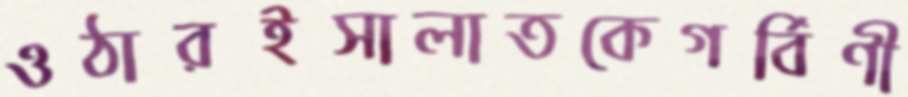
ওঠারইসালাতকেগর্বিণী